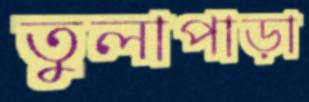
তুলাপাড়া